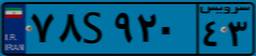
۸۹S۸۲۱۲۸